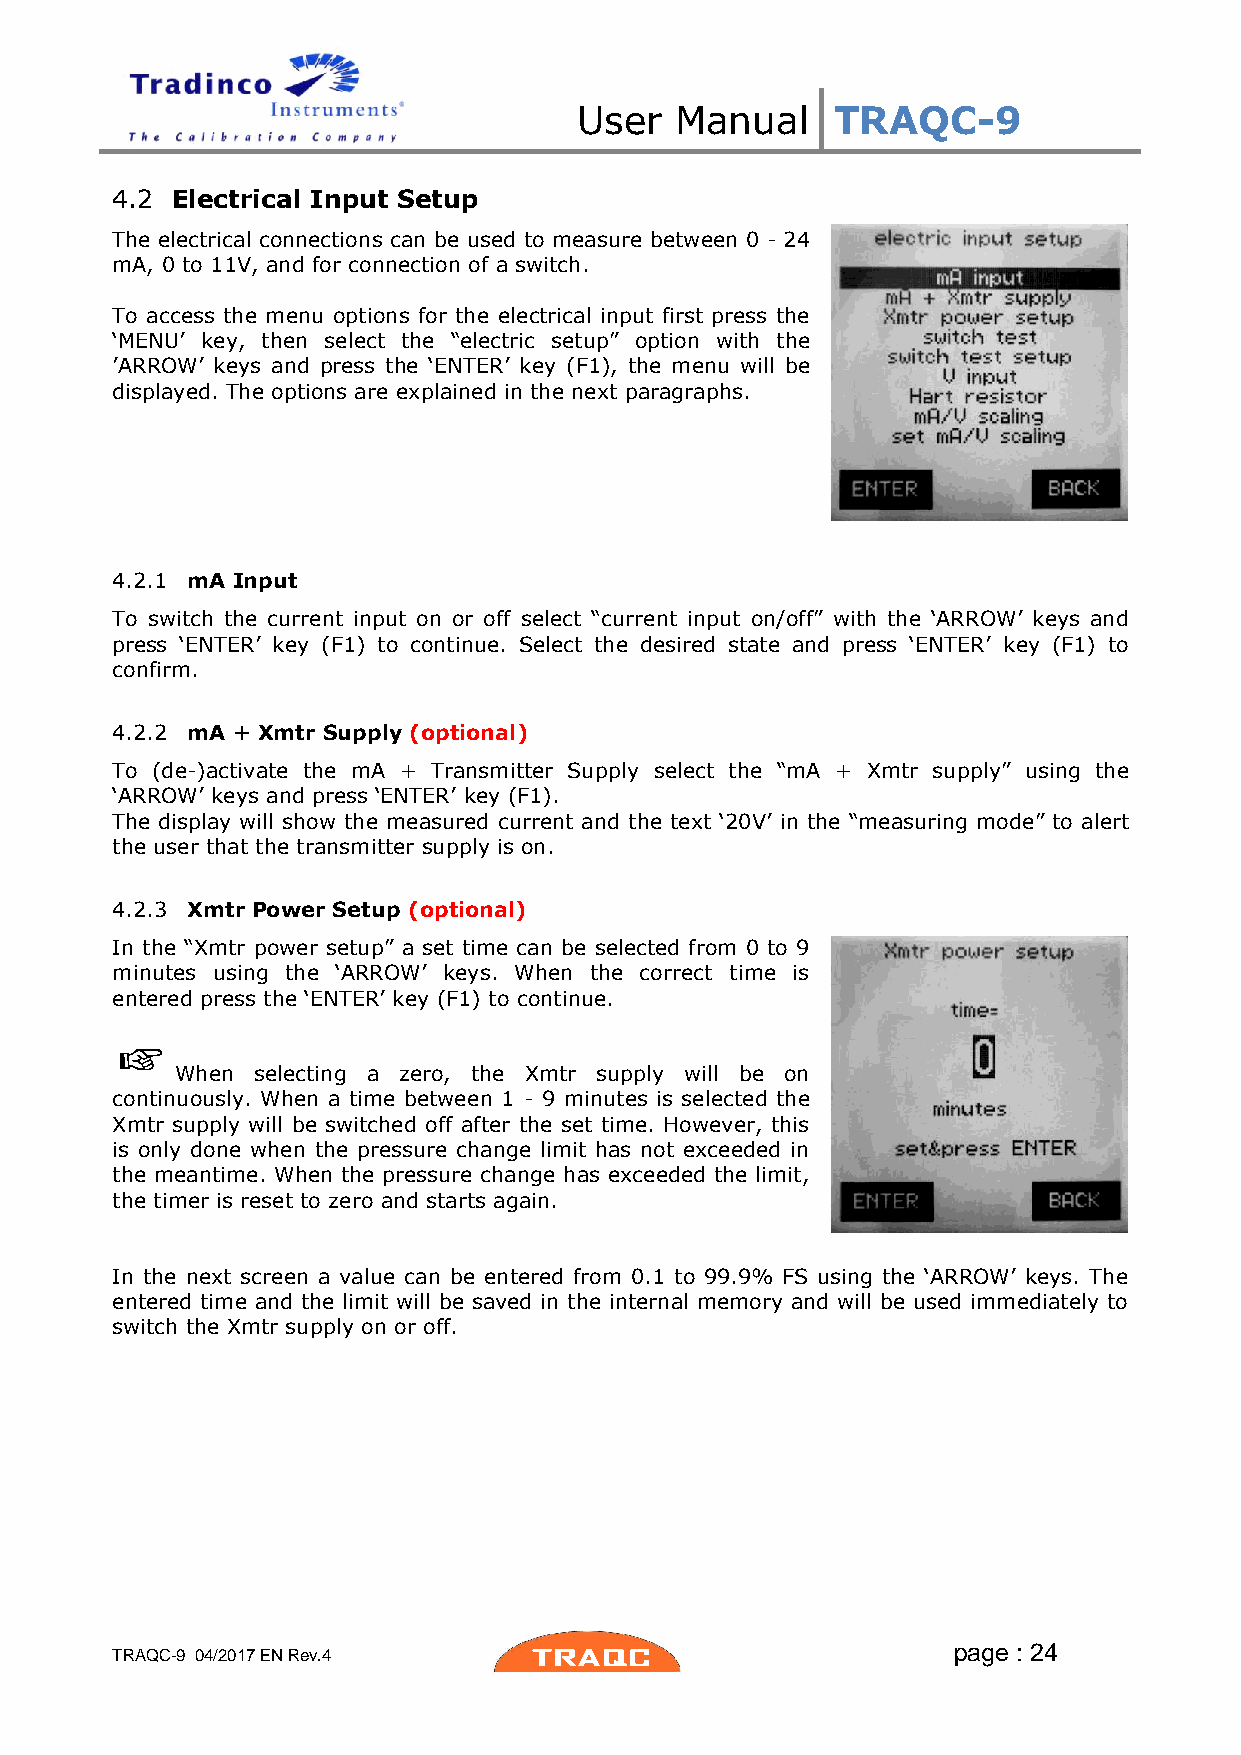
User   Manual    TRAQC-9
 4.2 Electrical Input Setup
 The electrical connections can be used to measure between 0 - 24
 mA, 0 to 11V, and for connection of a switch.
 To access the menu options for the electrical input first press the
 ‘MENU’ key, then select the “electric setup” option with the
 ’ARROW’ keys and press the ‘ENTER’ key (F1), the menu will be
 displayed. The options are explained in the next paragraphs.
 4.2.1 mA Input
 To switch the current input on or off select “current input on/off” with the ‘ARROW’ keys and
 press ‘ENTER’ key (F1) to continue. Select the desired state and press ‘ENTER’ key (F1) to
 confirm.
 4.2.2 mA + Xmtr Supply (optional)
 To (de-)activate the mA + Transmitter Supply select the “mA + Xmtr supply” using the
 ‘ARROW’ keys and press ‘ENTER’ key (F1).
 The display will show the measured current and the text ‘20V’ in the “measuring mode” to alert
 the user that the transmitter supply is on.
 4.2.3 Xmtr Power Setup (optional)
 In the “Xmtr power setup” a set time can be selected from 0 to 9
 minutes using the ‘ARROW’ keys. When the correct time is
 entered press the ‘ENTER’ key (F1) to continue.
 When selecting a zero, the Xmtr supply will be on
 continuously. When a time between 1 - 9 minutes is selected the
 Xmtr supply will be switched off after the set time. However, this
 is only done when the pressure change limit has not exceeded in
 the meantime. When the pressure change has exceeded the limit,
 the timer is reset to zero and starts again.
 In the next screen a value can be entered from 0.1 to 99.9% FS using the ‘ARROW’ keys. The
 entered time and the limit will be saved in the internal memory and will be used immediately to
 switch the Xmtr supply on or off.
 page : 24
 TRAQC-9 04/2017 EN Rev.4